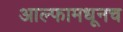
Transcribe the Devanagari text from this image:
आल्फामधूनच